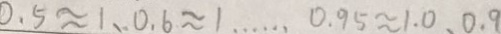
0 . 5 \approx 1 、 0 . 6 \approx 1 \cdots 0 . 9 5 \approx 1 . 0 、 0 . 9